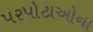
પરપોટાઓના